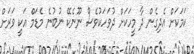
ކަމަކަށް އެދިގެން ދާ މީހަކަށް ދުވަހަކުވެސް ނޫނެކޭ ނުބުނެ މެޑަމް އަކީ ވަރަށް